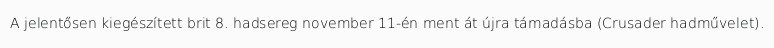
A jelentősen kiegészített brit 8. hadsereg november 11-én ment át újra támadásba (Crusader hadművelet).